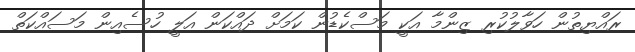
ރައްޔިތުން ހަވާލުކުރި ޒިންމާ އަކީ މަސްކެޑުން ކަމަށް ދައްކަން އަލީ ހުސެއިން މަސައްކަތް